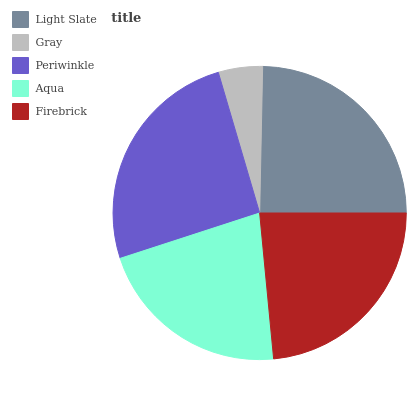
| Light Slate | Gray | Periwinkle | Aqua | Firebrick |
 | --- | --- | --- | --- | --- |
 | 24.7% | 4.87% | 25.5% | 21.5% | 23.5% |